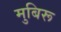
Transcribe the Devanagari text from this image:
मुबिरू